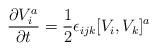
LaTeX: \begin{align*}{\partial V_i^a \over \partial t} = {1\over 2} \epsilon_{ijk} [V_i,V_k]^a\end{align*}